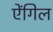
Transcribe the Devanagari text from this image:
ऐंगिल